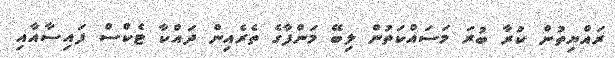
ރައްޔިތުން ކުރާ ބުރަ މަސައްކަތުން ލިބޭ މަންފާގެ ތެރެއިން ދައްކާ ޓެކްސް ފައިސާއާއި